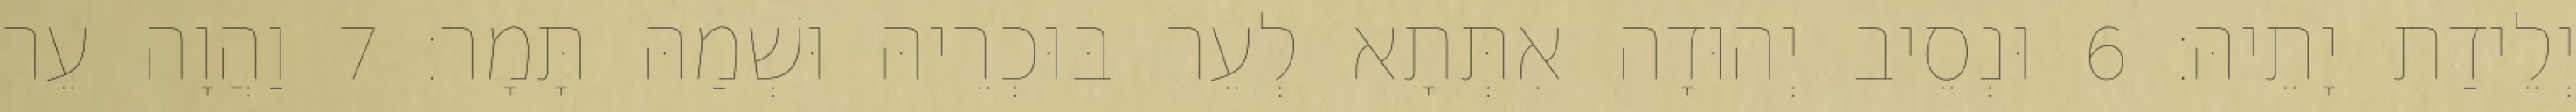
יְלֵידַת יָתֵיהּ׃ 6 וּנְסֵיב יְהוּדָה אִתְּתָא לְעֵר בּוּכְרֵיהּ וּשְׁמַהּ תָּמָר׃ 7 וַהֲוָה עֵר